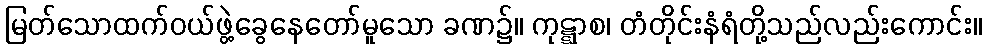
မြတ်သောထက်ဝယ်ဖွဲ့ခွေနေတော်မူသော ခဏ၌။ ကုဋ္ဋာစ၊ တံတိုင်းနံရံတို့သည်လည်းကောင်း။